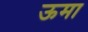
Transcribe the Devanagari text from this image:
ऊमा